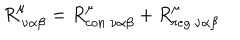
R _ { \ \nu \alpha \beta } ^ { \mu } = R _ { c o n \ \nu \alpha \beta } ^ { \mu } + R _ { r e g \ \nu \alpha \beta } ^ { \mu }